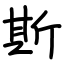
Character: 斯